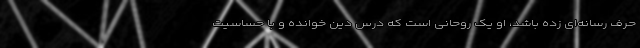
حرف رسانه‌ای زده باشد، او یک روحانی است که درس دین خوانده و با حساسیت